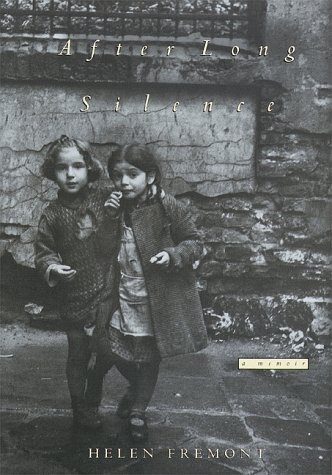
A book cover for After Long Silence: A Memoir; Helen Fremont; Biographies & Memoirs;